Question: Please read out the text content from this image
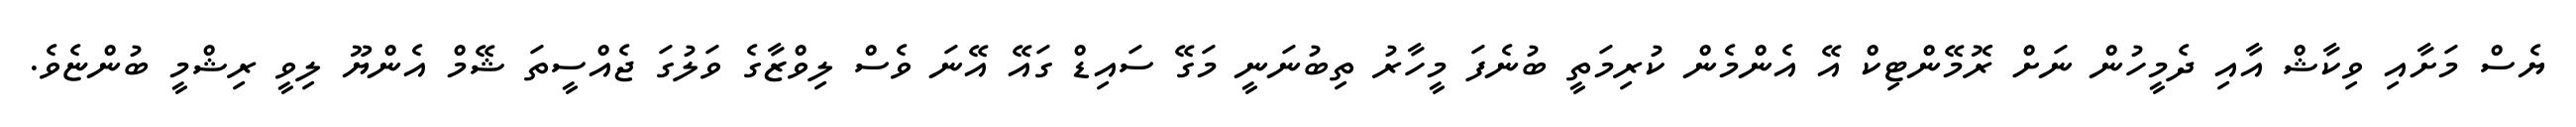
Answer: ޔެސް މަށާއި ވިކާޝް އާއި ދެމީހުން ނަށް ރޮމޭންޓިކް އޭ އެންމެން ކުރިމަތީ ބުނެފަ މީހާރު ތިބުނަނީ މަގޭ ސައިޑް ގައޭ އޭނަ ވެސް ލިވްޒާގެ ވަލުގަ ޖެއްސީތަ ޝޭމް އެންޔޫ ލިވީ ރިޝްމީ ބުންޏެވެ.